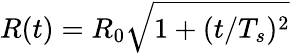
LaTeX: R(t)=R_{0}\sqrt{1+(t/T_{s})^{2}}